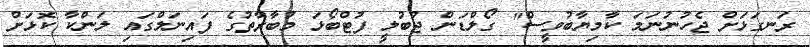
ރަނގަޅަށް ޖެހުނުނަމަ ކާމިޔާބުވީސް" ގޯލްޑަން ޖުބުލީ ފުޓްބޯޅަ މުބާރާތުގެ ފައިނަލްގައި ލަންކާ ކޮޅަށް